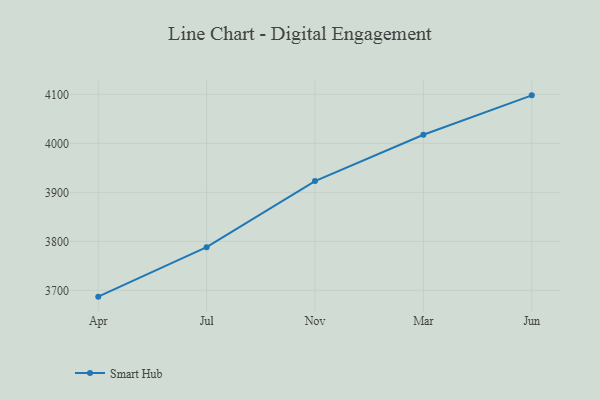
{"axis": {"x": "Month", "y": "Inventory Turnover"}, "legend": ["Smart Hub"], "data": [{"x": "Apr", "y": 3687.1, "type": "Smart Hub"}, {"x": "Jul", "y": 3788.1, "type": "Smart Hub"}, {"x": "Nov", "y": 3923.0, "type": "Smart Hub"}, {"x": "Mar", "y": 4017.6, "type": "Smart Hub"}, {"x": "Jun", "y": 4098.0, "type": "Smart Hub"}]}